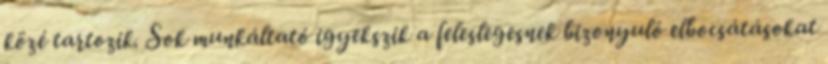
közé tartozik. Sok munkáltató igyekszik a feleslegesnek bizonyuló elbocsátásokat